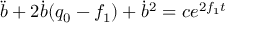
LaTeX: \ddot { b } + 2 \dot { b } ( q _ { 0 } - f _ { 1 } ) + \dot { b } ^ { 2 } = c e ^ { 2 f _ { 1 } t }